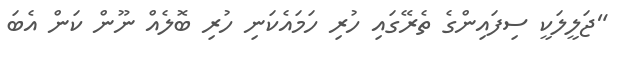
"ޖަލީލަކީ ސިފައިންގެ ތެރޭގައި ހުރި ހަމައެކަނި ހުރި ބޮލެއް ނޫން ކަން އެބަ